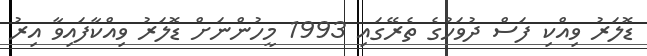
ޑޮލަރު ވިއްކި ފަސް ދުވަހުގެ ތެރޭގައި 1993 މީހުންނަށް ޑޮލަރު ވިއްކާފައިވާ އިރު